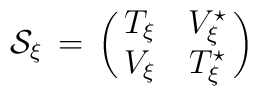
{\cal S}_ \xi \, = \,\left ( \matrix{ T_\xi & V^\star_\xi \cr V_\xi & T^\star_\xi \cr } \right )